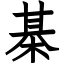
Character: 棊